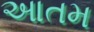
આતમ